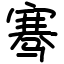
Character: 骞